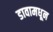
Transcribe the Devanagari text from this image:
डावामधून